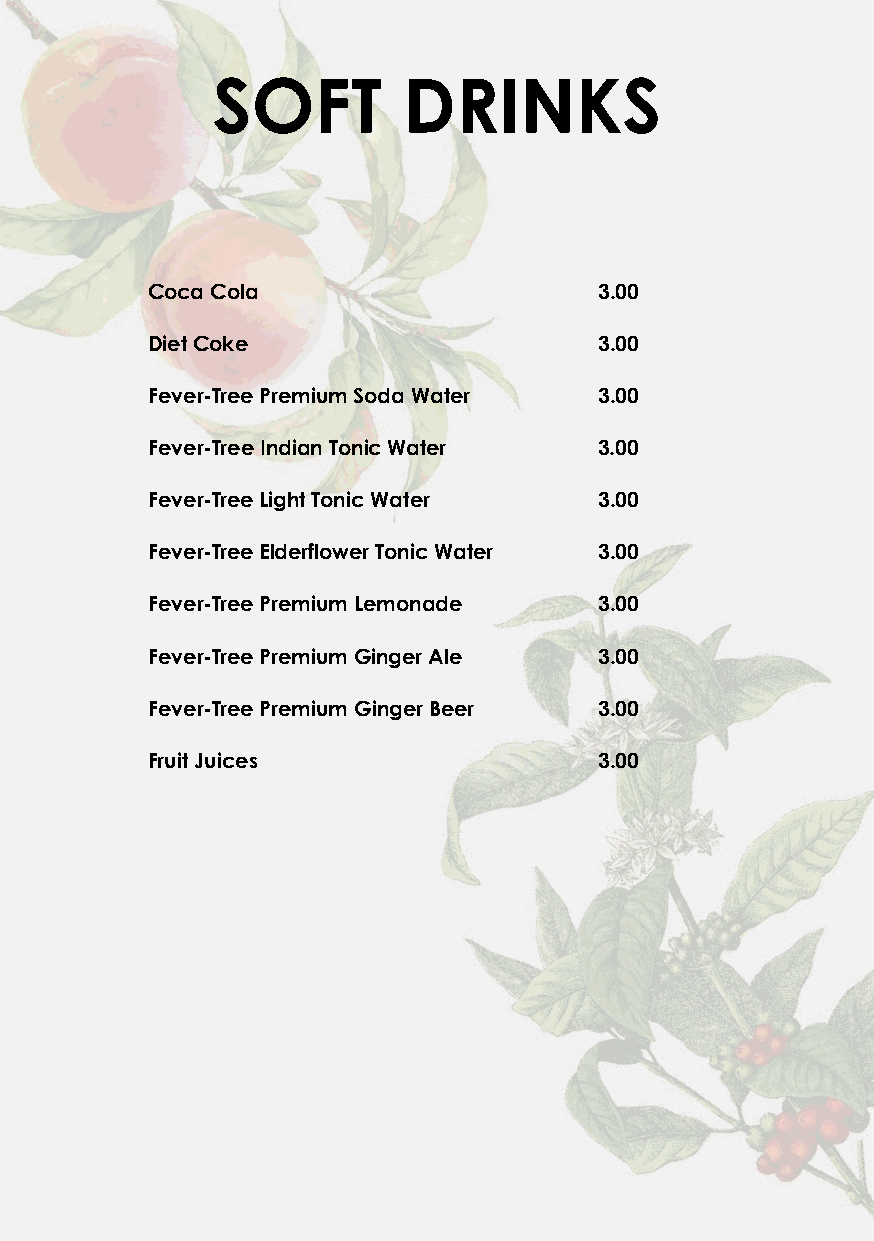
SOFT         DRINKS
 Co ca Cola                    3.00
 Die t Coke                    3.00
 Fev er-Tree Premium Soda Water 3.00
 Fev er-Tree Indian Tonic Water 3.00
 Fev er-Tree Light Tonic Water 3.00
 Fev er-Tree Elderflower Tonic Water 3.00
 Fev er-Tree Premium Lemonade  3.00
 Fev er-Tree Premium Ginger Ale 3.00
 Fev er-Tree Premium Ginger Beer 3.00
 Frui t Juices                 3.00